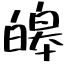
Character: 皞